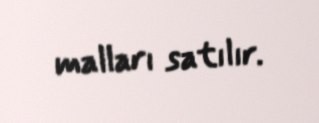
malları satılır.